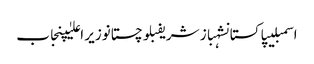
اسمبلیپاکستانشہباز شریفبلوچستانوزیر اعلیٰپنجاب